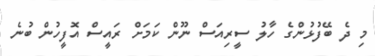
މި ދެ ބޭފުޅުންގެ ހާލު ސީރިއަސް ނޫން ކަމަށް ރައީސް އޮފީހުން ބުނެ